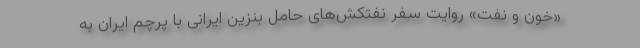
«خون و نفت» روایت سفر نفتکش‌های حامل بنزین ایرانی با پرچم ایران به